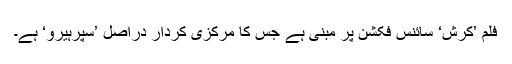
فلم ’کرش‘ سائنس فکشن پر مبنی ہے جس کا مرکزی کردار دراصل ’سپرہیرو‘ ہے۔